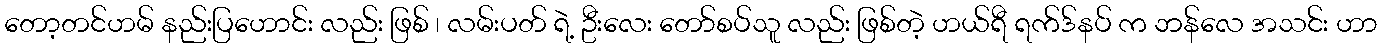
တော့တင်ဟမ် နည်းပြဟောင်း လည်း ဖြစ် ၊ လမ်းပတ် ရဲ့ ဦးလေး တော်စပ်သူ လည်း ဖြစ်တဲ့ ဟယ်ရီ ရက်ဒ်နပ် က ဘန်လေ အသင်း ဟာ